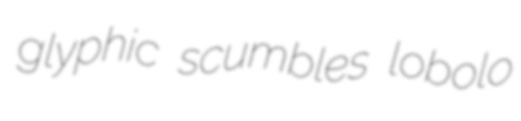
glyphic scumbles lobolo